Sanitation, dispensaries and jails vaccination Rajputana 1922-1927 - 1922-1927
Year: 1922
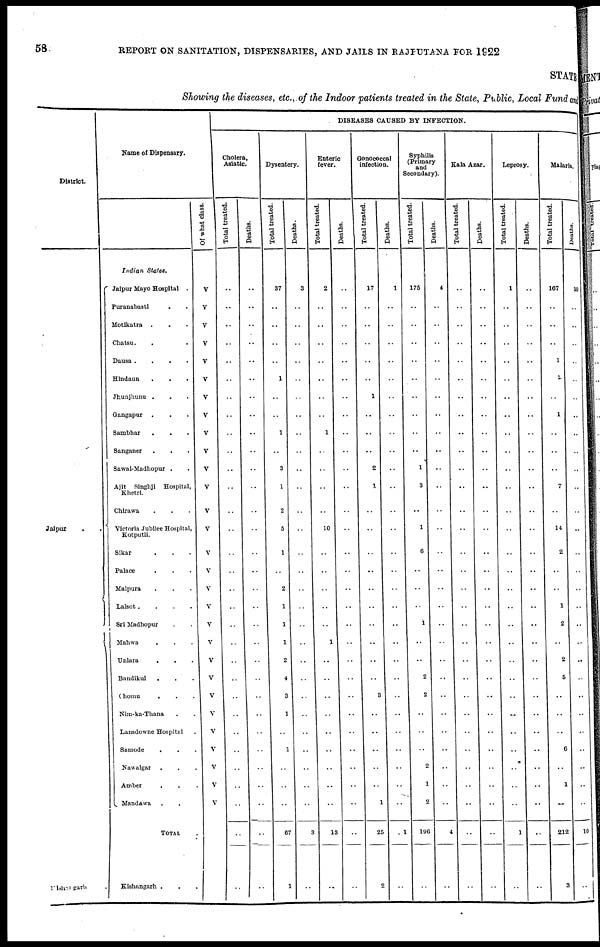
58
REPORT ON SANITATION, DISPENSARIES, AND JAILS IN RAJPUTANA FOR 1922
STATE
Showing the diseases, etc., of the Indoor patients treated in the State, Public, Local Fund and
District.
Jaipur
.
.
Kishangarth .
Name of Dispensary.
Indian States.
Jaipur Mayo Hospital .
Puranabasti . .
Motikatra . . .
Chatsu. . .
Dausa .
.
.
.
Hindaun . . .
Jhunjhunu . . .
Gangapur . . .
Sambhar
. . .
Sanganer . . .
Sawai-Madhopur . .
Ajit Singhji Hospital,
Khetri.
Chirawa . . .
Victoria Jubilee Hospital,
Kotputli.
Sikar . . .
Palace . . .
Malpura . . .
Lalsot.
.
.
.
Sri Madhopur . .
Mahwa . . .
Uniara . . .
Bandikul . . .
Chomu
. . .
Nim-ka-Thana . .
Lansdowne Hospital .
Samode . . .
Nawalgar . . .
Amber . . .
Mandawa . .
TOTAL .
Kishangnrh . . .
Of what class.
V
V
V
V
V
V
V
V
V
V
V
V
V
V
V
V
V
V
V
V
V
V
V
V
V
V
V
V
V
..
DISEASES CAUSED BY INFECTION.
Cholera,
Asiatic.
Total treated.
..
..
..
..
..
..
..
..
..
..
..
..
..
..
..
..
..
..
..
..
..
..
..
..
..
..
..
..
..
..
..
Deaths.
..
..
..
..
..
..
..
..
..
..
..
..
..
..
..
..
..
..
..
..
..
..
..
..
..
..
..
..
..
..
..
Dysentery.
Total treated.
37
..
..
..
..
1
..
..
1
..
3
1
2
5
1
..
2
1
1
1
2
4
3
1
..
1
..
..
..
67
1
Deaths.
3
..
..
..
..
..
..
..
..
..
..
..
..
..
..
..
..
..
..
..
..
..
..
..
..
..
..
..
..
3
..
Enteric
fever.
Total treated.
2
..
..
..
..
..
..
..
1
..
..
..
..
10
..
..
..
..
..
1
..
..
..
..
..
..
..
..
..
13
..
Deaths.
..
..
..
..
..
..
..
..
..
..
..
..
..
..
..
..
..
..
..
..
..
..
..
..
..
..
..
..
..
..
..
Gonococcal
infection.
Total treated.
17
..
..
..
..
..
1
..
..
..
2
1
..
..
..
..
..
..
..
..
..
..
3
..
..
..
..
..
1
25
..
Deaths.
1
..
..
..
..
..
..
..
..
..
..
..
..
..
..
..
..
..
..
..
..
..
..
..
..
..
..
..
..
1
2
Syphilis
(Primary
and
Secondary).
Total treated.
175
..
..
..
..
..
..
..
..
..
1
3
..
1
6
..
..
..
1
..
..
2
2
..
..
..
2
1
2
196
..
Deaths.
4
..
..
..
..
..
..
..
..
..
..
..
..
..
..
..
..
..
..
..
..
..
..
..
..
..
..
..
..
4
..
Kala Azar.
Total treated.
..
..
..
..
..
..
..
..
..
..
..
..
..
..
..
..
..
..
..
..
..
..
..
..
..
..
..
..
..
..
..
Deaths.
..
..
..
..
..
..
..
..
..
..
..
..
..
..
..
..
..
..
..
..
..
..
..
..
..
..
..
..
..
..
..
Leprosy.
Total treated.
1
..
..
..
..
..
..
..
..
..
..
..
..
..
..
..
..
..
..
..
..
..
..
..
..
..
..
..
..
1
..
Deaths.
..
..
..
..
..
..
..
..
..
..
..
..
..
..
..
..
..
..
..
..
..
..
..
..
..
..
..
..
..
..
..
Malaria.
Total treated.
167
..
..
..
1
2
..
1
..
..
..
7
..
14
2
..
..
1
2
..
2
5
..
..
..
6
..
1
..
212
3
Deaths.
10
..
..
..
..
..
..
..
..
..
..
..
..
..
..
..
..
..
..
..
..
..
..
..
..
..
..
..
..
10
..